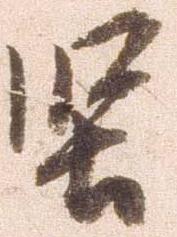
堅